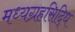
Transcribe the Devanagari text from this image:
मध्यग्रहसिद्धि